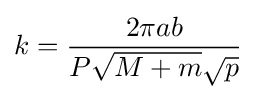
k={\frac {2\pi ab}{P{\sqrt {M+m}}{\sqrt {p}}}}